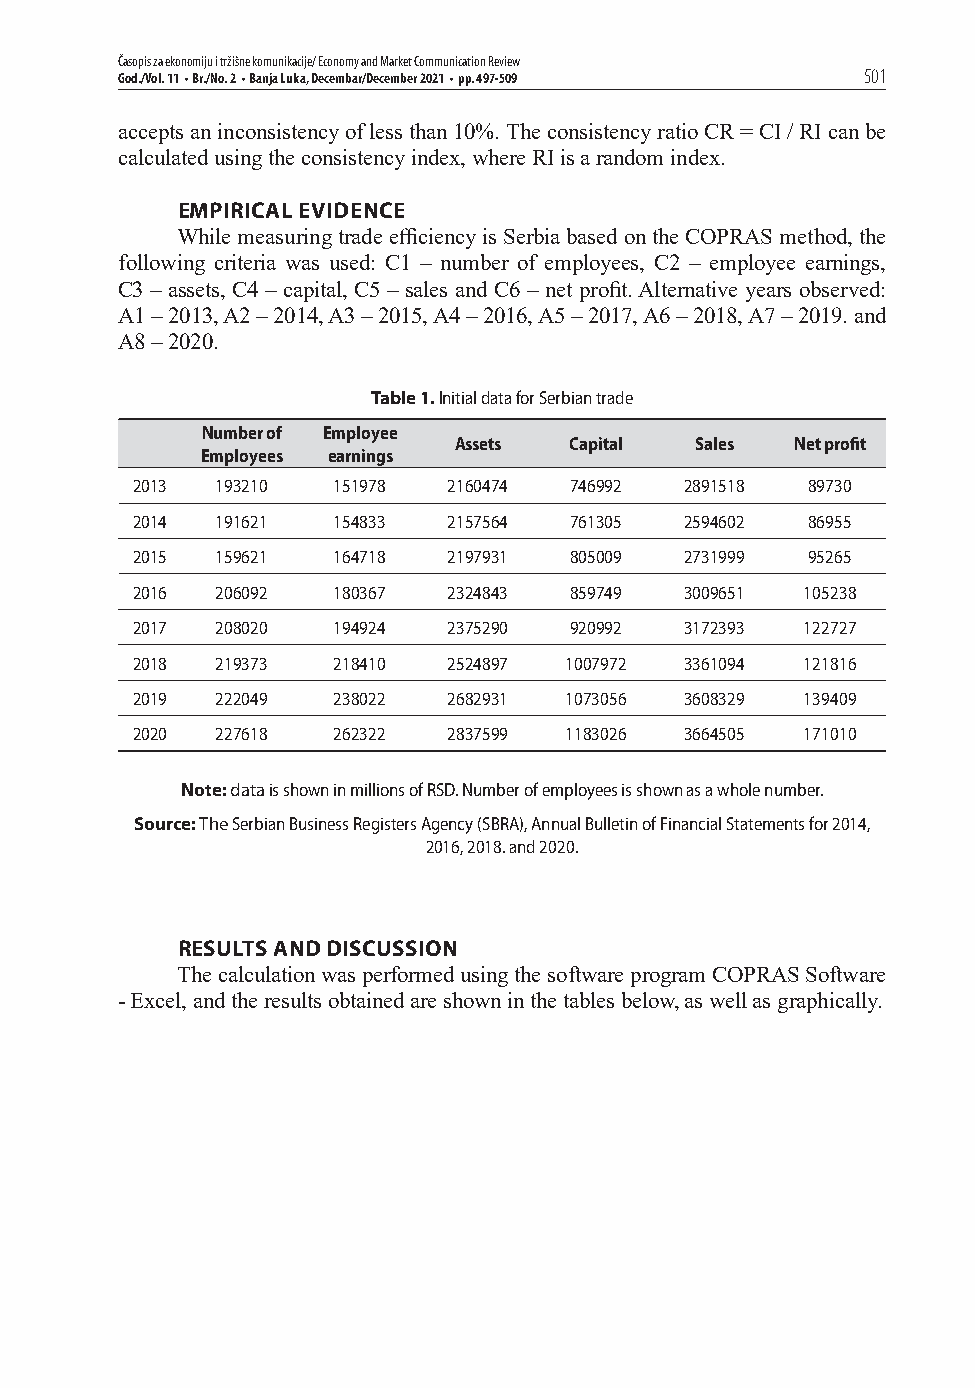
Časopis za ekonomiju i tržišne komunikacije/ Economy and Market Communication Review
 God./Vol. 11 • Br./No. 2 • Banja Luka, Decembar/December 2021 • pp. 497-509 501
 accepts an inconsistency of less than 10%. The consistency ratio CR = CI / RI can be
 calculated using the consistency index, where RI is a random index.
 EMPIRICAL EVIDENCE
 While measuring trade effi ciency is Serbia based on the COPRAS method, the
 following criteria was used: C1 – number of employees, C2 – employee earnings,
 C3 – assets, C4 – capital, C5 – sales and C6 – net profi t. Alternative years observed:
 A1 – 2013, A2 – 2014, A3 – 2015, A4 – 2016, A5 – 2017, A6 – 2018, A7 – 2019. and
 A8 – 2020.
 Table 1. Initial data for Serbian trade
 Number of Employee
 Assets  Capital Sales  Net profi t
 Employees earnings
 2013 193210  151978  2160474 746992 2891518  89730
 2014 191621  154833  2157564 761305 2594602  86955
 2015 159621  164718  2197931 805009 2731999  95265
 2016 206092  180367  2324843 859749 3009651 105238
 2017 208020  194924  2375290 920992 3172393 122727
 2018 219373  218410  2524897 1007972 3361094 121816
 2019 222049  238022  2682931 1073056 3608329 139409
 2020 227618  262322  2837599 1183026 3664505 171010
 Note: data is shown in millions of RSD. Number of employees is shown as a whole number.
 Source: The Serbian Business Registers Agency (SBRA), Annual Bulletin of Financial Statements for 2014,
 2016, 2018. and 2020.
 RESULTS AND DISCUSSION
 The calculation was performed using the software program COPRAS Software
 - Excel, and the results obtained are shown in the tables below, as well as graphically.